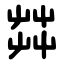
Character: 茻